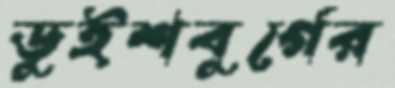
ডুইশবুর্গের